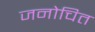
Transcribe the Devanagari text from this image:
जनोचित